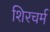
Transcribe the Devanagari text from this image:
शिरचर्म